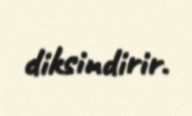
diksindirir.